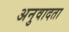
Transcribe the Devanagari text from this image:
अनुवादता